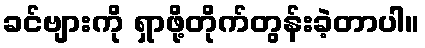
ခင်ဗျားကို ရှာဖို့တိုက်တွန်းခဲ့တာပါ။